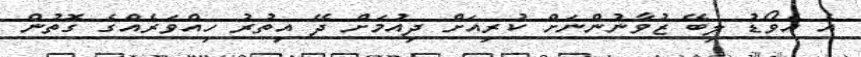
އެ އެވޯޑު ލިބޭ ޒުވާނުންނަށް ކުރިއަށް ދިއުމަށް ދޭ އިތުރު ހިއްވަރެއްގެ ގޮތުން